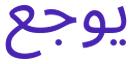
يوجع